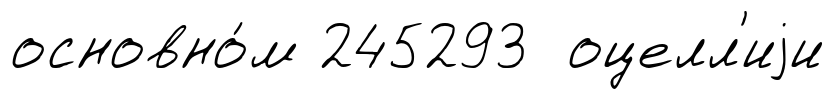
основно́м 245293 оцелл'иjи